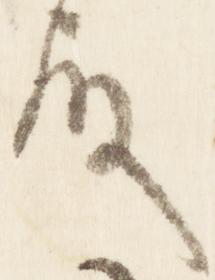
殿